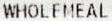
WHOLEMEAL